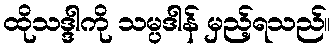
ထိုသဒ္ဒါကို သမ္ပဒါန် မှည့်ရသည်။